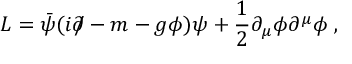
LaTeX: { \cal L } = \bar { \psi } ( i \partial \! \! \! \slash - m - g \phi ) \psi + \frac { 1 } { 2 } \partial _ { \mu } \phi \partial ^ { \mu } \phi \; ,